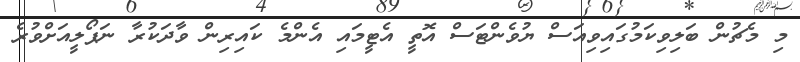
މި މެޗުން ބަލިވިކަމުގައިވިއަސް ޔުވެންޓަސް އޮތީ އެޓީމައި އެންމެ ކައިރިން ވާދަކުރާ ނަޕޯލީއަށްވުރެ